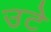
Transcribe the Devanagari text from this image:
उटे